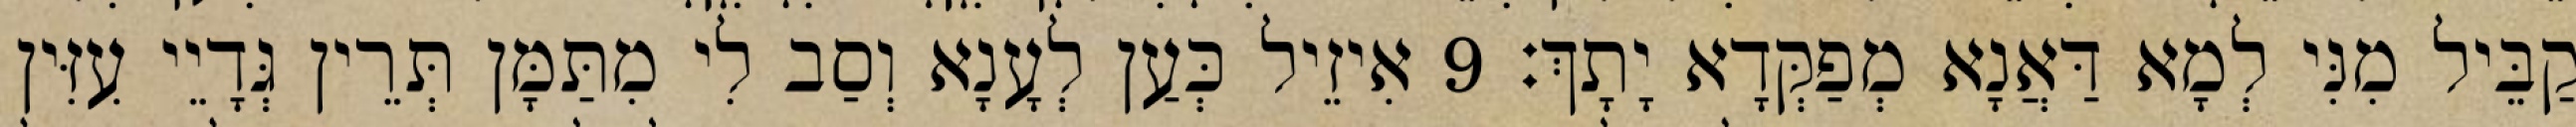
קַבֵּיל מִנִּי לְמָא דַּאֲנָא מְפַקְּדָא יָתָךְ׃ 9 אִיזֵיל כְּעַן לְעָנָא וְסַב לִי מִתַּמָּן תְּרֵין גְּדָיֵי עִזִּין